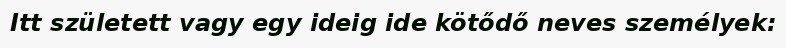
Itt született vagy egy ideig ide kötődő neves személyek: